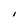
Character: i